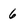
Character: 6